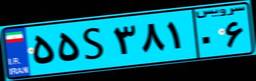
۴۶S۰۲۶۰۶